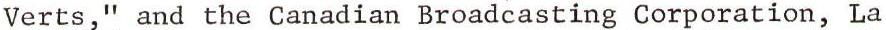
Verts," and the Canadian Broadcasting Corporation, La